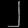
Digit: ၂